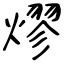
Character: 熮